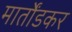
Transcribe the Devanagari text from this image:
मार्तोंडकर